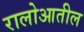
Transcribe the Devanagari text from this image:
रालोआतील